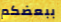
ببعضكم